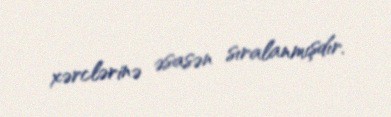
xərclərinə əsasən sıralanmışdır.